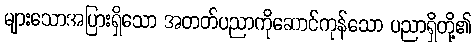
များသောအပြားရှိသော အတတ်ပညာကိုဆောင်ကုန်သော ပညာရှိတို့၏